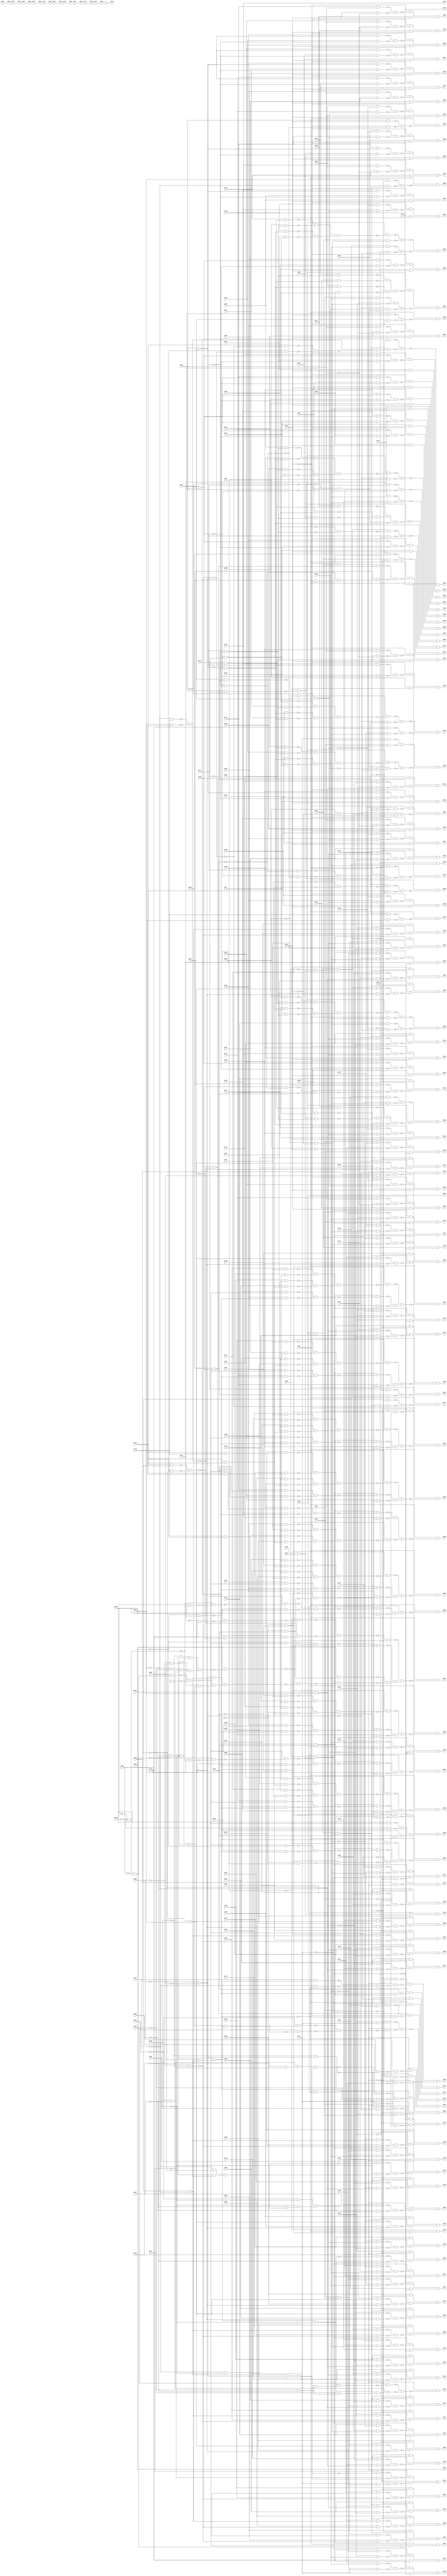
module simple_spi ( 
    pi000, pi001, pi002, pi003, pi004, pi005, pi006, pi007, pi008, pi009,
    pi010, pi011, pi012, pi013, pi014, pi015, pi016, pi017, pi018, pi019,
    pi020, pi021, pi022, pi023, pi024, pi025, pi026, pi027, pi028, pi029,
    pi030, pi031, pi032, pi033, pi034, pi035, pi036, pi037, pi038, pi039,
    pi040, pi041, pi042, pi043, pi044, pi045, pi046, pi047, pi048, pi049,
    pi050, pi051, pi052, pi053, pi054, pi055, pi056, pi057, pi058, pi059,
    pi060, pi061, pi062, pi063, pi064, pi065, pi066, pi067, pi068, pi069,
    pi070, pi071, pi072, pi073, pi074, pi075, pi076, pi077, pi078, pi079,
    pi080, pi081, pi082, pi083, pi084, pi085, pi086, pi087, pi088, pi089,
    pi090, pi091, pi092, pi093, pi094, pi095, pi096, pi097, pi098, pi099,
    pi100, pi101, pi102, pi103, pi104, pi105, pi106, pi107, pi108, pi109,
    pi110, pi111, pi112, pi113, pi114, pi115, pi116, pi117, pi118, pi119,
    pi120, pi121, pi122, pi123, pi124, pi125, pi126, pi127, pi128, pi129,
    pi130, pi131, pi132, pi133, pi134, pi135, pi136, pi137, pi138, pi139,
    pi140, pi141, pi142, pi143, pi144, pi145, pi146, pi147,
    po000, po001, po002, po003, po004, po005, po006, po007, po008, po009,
    po010, po011, po012, po013, po014, po015, po016, po017, po018, po019,
    po020, po021, po022, po023, po024, po025, po026, po027, po028, po029,
    po030, po031, po032, po033, po034, po035, po036, po037, po038, po039,
    po040, po041, po042, po043, po044, po045, po046, po047, po048, po049,
    po050, po051, po052, po053, po054, po055, po056, po057, po058, po059,
    po060, po061, po062, po063, po064, po065, po066, po067, po068, po069,
    po070, po071, po072, po073, po074, po075, po076, po077, po078, po079,
    po080, po081, po082, po083, po084, po085, po086, po087, po088, po089,
    po090, po091, po092, po093, po094, po095, po096, po097, po098, po099,
    po100, po101, po102, po103, po104, po105, po106, po107, po108, po109,
    po110, po111, po112, po113, po114, po115, po116, po117, po118, po119,
    po120, po121, po122, po123, po124, po125, po126, po127, po128, po129,
    po130, po131, po132, po133, po134, po135, po136, po137, po138, po139,
    po140, po141, po142, po143, po144, po145, po146  );
  input  pi000, pi001, pi002, pi003, pi004, pi005, pi006, pi007, pi008,
    pi009, pi010, pi011, pi012, pi013, pi014, pi015, pi016, pi017, pi018,
    pi019, pi020, pi021, pi022, pi023, pi024, pi025, pi026, pi027, pi028,
    pi029, pi030, pi031, pi032, pi033, pi034, pi035, pi036, pi037, pi038,
    pi039, pi040, pi041, pi042, pi043, pi044, pi045, pi046, pi047, pi048,
    pi049, pi050, pi051, pi052, pi053, pi054, pi055, pi056, pi057, pi058,
    pi059, pi060, pi061, pi062, pi063, pi064, pi065, pi066, pi067, pi068,
    pi069, pi070, pi071, pi072, pi073, pi074, pi075, pi076, pi077, pi078,
    pi079, pi080, pi081, pi082, pi083, pi084, pi085, pi086, pi087, pi088,
    pi089, pi090, pi091, pi092, pi093, pi094, pi095, pi096, pi097, pi098,
    pi099, pi100, pi101, pi102, pi103, pi104, pi105, pi106, pi107, pi108,
    pi109, pi110, pi111, pi112, pi113, pi114, pi115, pi116, pi117, pi118,
    pi119, pi120, pi121, pi122, pi123, pi124, pi125, pi126, pi127, pi128,
    pi129, pi130, pi131, pi132, pi133, pi134, pi135, pi136, pi137, pi138,
    pi139, pi140, pi141, pi142, pi143, pi144, pi145, pi146, pi147;
  output po000, po001, po002, po003, po004, po005, po006, po007, po008, po009,
    po010, po011, po012, po013, po014, po015, po016, po017, po018, po019,
    po020, po021, po022, po023, po024, po025, po026, po027, po028, po029,
    po030, po031, po032, po033, po034, po035, po036, po037, po038, po039,
    po040, po041, po042, po043, po044, po045, po046, po047, po048, po049,
    po050, po051, po052, po053, po054, po055, po056, po057, po058, po059,
    po060, po061, po062, po063, po064, po065, po066, po067, po068, po069,
    po070, po071, po072, po073, po074, po075, po076, po077, po078, po079,
    po080, po081, po082, po083, po084, po085, po086, po087, po088, po089,
    po090, po091, po092, po093, po094, po095, po096, po097, po098, po099,
    po100, po101, po102, po103, po104, po105, po106, po107, po108, po109,
    po110, po111, po112, po113, po114, po115, po116, po117, po118, po119,
    po120, po121, po122, po123, po124, po125, po126, po127, po128, po129,
    po130, po131, po132, po133, po134, po135, po136, po137, po138, po139,
    po140, po141, po142, po143, po144, po145, po146;
  wire n297, n298, n299, n300, n301, n302, n303, n304, n305, n306, n307,
    n308, n310, n311, n312, n313, n314, n315, n316, n317, n318, n319, n320,
    n321, n322, n323, n324, n325, n326, n327, n328, n330, n331, n332, n333,
    n334, n335, n336, n337, n339, n340, n341, n342, n343, n344, n345, n346,
    n347, n349, n350, n351, n353, n354, n355, n357, n358, n359, n360, n361,
    n363, n364, n365, n366, n367, n369, n370, n371, n372, n373, n375, n376,
    n377, n378, n379, n381, n382, n383, n384, n385, n387, n388, n389, n390,
    n391, n393, n394, n395, n396, n397, n399, n400, n401, n402, n403, n405,
    n406, n407, n408, n409, n411, n412, n413, n414, n415, n417, n418, n419,
    n420, n421, n423, n424, n425, n426, n427, n429, n430, n431, n432, n433,
    n435, n436, n437, n438, n439, n441, n442, n443, n444, n445, n447, n448,
    n449, n450, n451, n453, n454, n455, n456, n457, n458, n460, n461, n462,
    n463, n464, n466, n467, n468, n469, n470, n472, n473, n474, n475, n476,
    n478, n479, n480, n481, n482, n484, n485, n486, n487, n488, n490, n491,
    n492, n493, n494, n496, n497, n498, n499, n500, n502, n503, n504, n505,
    n506, n507, n509, n510, n511, n512, n513, n515, n516, n517, n518, n519,
    n521, n522, n523, n524, n525, n527, n528, n529, n530, n531, n533, n534,
    n535, n536, n537, n539, n540, n541, n542, n543, n545, n546, n547, n548,
    n549, n551, n552, n553, n554, n555, n556, n557, n558, n559, n560, n561,
    n562, n563, n564, n565, n566, n567, n568, n569, n570, n571, n572, n573,
    n574, n575, n576, n577, n578, n579, n580, n581, n582, n583, n584, n585,
    n586, n587, n588, n589, n590, n591, n592, n593, n594, n595, n596, n597,
    n598, n599, n600, n601, n602, n603, n604, n606, n607, n608, n609, n610,
    n611, n612, n613, n614, n615, n616, n618, n619, n620, n621, n622, n623,
    n624, n625, n626, n627, n629, n630, n631, n632, n633, n634, n635, n636,
    n637, n639, n640, n641, n642, n643, n644, n645, n646, n647, n648, n649,
    n650, n651, n652, n654, n655, n656, n657, n658, n659, n660, n661, n662,
    n663, n664, n665, n666, n667, n668, n669, n670, n671, n672, n674, n675,
    n676, n677, n678, n679, n680, n681, n682, n684, n685, n686, n687, n688,
    n689, n690, n691, n692, n693, n694, n695, n696, n697, n698, n700, n701,
    n702, n703, n704, n705, n706, n707, n708, n709, n710, n711, n712, n713,
    n714, n716, n717, n718, n719, n720, n721, n722, n723, n724, n725, n726,
    n727, n728, n729, n730, n732, n733, n734, n735, n736, n737, n738, n739,
    n740, n741, n742, n743, n744, n745, n746, n748, n749, n750, n751, n752,
    n753, n754, n755, n756, n757, n758, n759, n760, n761, n762, n764, n765,
    n766, n767, n768, n769, n770, n771, n772, n773, n774, n775, n776, n777,
    n778, n780, n781, n782, n783, n784, n785, n786, n787, n788, n789, n790,
    n791, n792, n793, n794, n796, n797, n798, n799, n800, n801, n802, n803,
    n804, n805, n806, n808, n809, n810, n811, n812, n813, n814, n816, n817,
    n818, n819, n820, n821, n822, n823, n824, n825, n827, n828, n829, n830,
    n831, n832, n833, n834, n836, n837, n838, n839, n840, n841, n842, n844,
    n845, n846, n847, n848, n849, n850, n851, n852, n853, n854, n856, n857,
    n858, n859, n860, n861, n863, n864, n865, n866, n867, n869, n870, n871,
    n873, n874, n875, n876, n878, n879, n880, n881, n883, n884, n886, n887,
    n888, n889, n890, n891, n892, n893, n895, n896, n897, n898, n899, n900,
    n901, n902, n903, n904, n905, n906, n907, n908, n909, n910, n911, n912,
    n913, n915, n916, n917, n918, n919, n920, n921, n922, n923, n924, n925,
    n927, n928, n929, n930, n931, n932, n933, n934, n935, n936, n937, n938,
    n939, n940, n942, n943, n944, n945, n946, n947, n948, n949, n950, n951,
    n952, n953, n954, n956, n957, n958, n959, n960, n961, n962, n963, n964,
    n965, n966, n967, n968, n969, n970, n971, n972, n973, n975, n976, n977,
    n978, n979, n980, n981, n982, n983, n984, n985, n987, n988, n989, n990,
    n991, n992, n993, n994, n995, n996, n997, n998, n999, n1000, n1002,
    n1003, n1004, n1005, n1006, n1008, n1009, n1010, n1011, n1012, n1013,
    n1014, n1015, n1016, n1017, n1018, n1019, n1020, n1022, n1023, n1024,
    n1025, n1026, n1027, n1028, n1029, n1030, n1031, n1032, n1034, n1035,
    n1036, n1037, n1039, n1040, n1041, n1042, n1044, n1045, n1046, n1048,
    n1049, n1050, n1051, n1052, n1054, n1055, n1056, n1057, n1058, n1060,
    n1061, n1062, n1063, n1064, n1066, n1067, n1068, n1069, n1070, n1072,
    n1073, n1074, n1076, n1077, n1078, n1080, n1081, n1082, n1083, n1084,
    n1086, n1087, n1088, n1089, n1090, n1092, n1093, n1094, n1095, n1096,
    n1098, n1099, n1100, n1101, n1102, n1104, n1105, n1106, n1107, n1108,
    n1110, n1111, n1112, n1113, n1114, n1116, n1117, n1118, n1119, n1120,
    n1122, n1123, n1124, n1125, n1126, n1128, n1129, n1130, n1131, n1132,
    n1134, n1135, n1136, n1137, n1138, n1140, n1141, n1142, n1143, n1144,
    n1146, n1147, n1148, n1149, n1150, n1152, n1153, n1154, n1155, n1156,
    n1157, n1159, n1160, n1161, n1162, n1163, n1164, n1166, n1167, n1168,
    n1169, n1170, n1172, n1173, n1174, n1175, n1176, n1178, n1179, n1180,
    n1181, n1182, n1184, n1185, n1186, n1187, n1188, n1190, n1191, n1192,
    n1193, n1194, n1196, n1197, n1198, n1199, n1200, n1202, n1203, n1204,
    n1205, n1206, n1208, n1209, n1210, n1211, n1212, n1214, n1215, n1216,
    n1217, n1218, n1220, n1221, n1222, n1223, n1224, n1226, n1227, n1228,
    n1229, n1230, n1232, n1233, n1234, n1235, n1236, n1238, n1239, n1240,
    n1241, n1242, n1244, n1245, n1246, n1247, n1248, n1250, n1251, n1252,
    n1253, n1254, n1256, n1258, n1259, n1260, n1261, n1262, n1264, n1265,
    n1266, n1267, n1268, n1270, n1271, n1272, n1273, n1274, n1276, n1277,
    n1278, n1279, n1280, n1282, n1283, n1284, n1285, n1286, n1288, n1289,
    n1290, n1291, n1292, n1294, n1295, n1296, n1297, n1298, n1300, n1301,
    n1302, n1303, n1304, n1306, n1307, n1308, n1309, n1310, n1312, n1313,
    n1314, n1315, n1316, n1318, n1319, n1320, n1321, n1322, n1324, n1326,
    n1327, n1328, n1329, n1330, n1332, n1333, n1334, n1335, n1336, n1338,
    n1339, n1340, n1341, n1342, n1344, n1345, n1346;
  assign n297 = pi000 & pi128;
  assign n298 = pi063 & n297;
  assign n299 = pi120 & ~pi128;
  assign n300 = ~n298 & ~n299;
  assign n301 = ~pi063 & pi120;
  assign n302 = ~pi000 & ~pi002;
  assign n303 = n301 & n302;
  assign n304 = pi000 & ~pi063;
  assign n305 = ~n302 & n304;
  assign n306 = pi002 & n305;
  assign n307 = ~n303 & ~n306;
  assign n308 = pi128 & ~n307;
  assign po014 = ~n300 | n308;
  assign n310 = pi128 & pi133;
  assign n311 = ~pi138 & pi139;
  assign n312 = pi130 & n311;
  assign n313 = pi134 & pi135;
  assign n314 = ~pi136 & n313;
  assign n315 = n312 & n314;
  assign n316 = pi001 & ~n315;
  assign n317 = pi004 & ~pi005;
  assign n318 = ~pi004 & pi005;
  assign n319 = ~n317 & ~n318;
  assign n320 = pi075 & n319;
  assign n321 = ~pi075 & ~n319;
  assign n322 = ~n320 & ~n321;
  assign n323 = ~pi063 & n322;
  assign n324 = ~pi005 & ~pi077;
  assign n325 = pi005 & pi077;
  assign n326 = ~n324 & ~n325;
  assign n327 = n323 & n326;
  assign n328 = ~n316 & ~n327;
  assign po015 = n310 & ~n328;
  assign n330 = pi119 & ~pi128;
  assign n331 = pi002 & pi063;
  assign n332 = ~pi002 & ~n302;
  assign n333 = pi119 & n302;
  assign n334 = ~n332 & ~n333;
  assign n335 = ~pi063 & ~n334;
  assign n336 = ~n331 & ~n335;
  assign n337 = pi128 & ~n336;
  assign po016 = n330 | n337;
  assign n339 = pi003 & pi128;
  assign n340 = pi136 & n313;
  assign n341 = pi138 & ~pi139;
  assign n342 = pi147 & n341;
  assign n343 = n340 & n342;
  assign n344 = n339 & ~n343;
  assign n345 = ~pi063 & pi128;
  assign n346 = ~n343 & n345;
  assign n347 = n302 & n346;
  assign po017 = n344 | n347;
  assign n349 = pi004 & pi063;
  assign n350 = ~pi063 & ~n319;
  assign n351 = ~n349 & ~n350;
  assign po019 = pi128 & ~n351;
  assign n353 = pi005 & pi063;
  assign n354 = ~pi005 & ~pi063;
  assign n355 = ~n353 & ~n354;
  assign po020 = pi128 & ~n355;
  assign n357 = pi046 & n318;
  assign n358 = pi006 & ~n318;
  assign n359 = ~n357 & ~n358;
  assign n360 = ~pi063 & ~n359;
  assign n361 = pi006 & pi063;
  assign po021 = n360 | n361;
  assign n363 = pi047 & n318;
  assign n364 = pi007 & ~n318;
  assign n365 = ~n363 & ~n364;
  assign n366 = ~pi063 & ~n365;
  assign n367 = pi007 & pi063;
  assign po022 = n366 | n367;
  assign n369 = pi048 & n318;
  assign n370 = pi008 & ~n318;
  assign n371 = ~n369 & ~n370;
  assign n372 = ~pi063 & ~n371;
  assign n373 = pi008 & pi063;
  assign po023 = n372 | n373;
  assign n375 = pi049 & n318;
  assign n376 = pi009 & ~n318;
  assign n377 = ~n375 & ~n376;
  assign n378 = ~pi063 & ~n377;
  assign n379 = pi009 & pi063;
  assign po024 = n378 | n379;
  assign n381 = pi043 & n318;
  assign n382 = pi010 & ~n318;
  assign n383 = ~n381 & ~n382;
  assign n384 = ~pi063 & ~n383;
  assign n385 = pi010 & pi063;
  assign po025 = n384 | n385;
  assign n387 = pi050 & n317;
  assign n388 = pi011 & ~n317;
  assign n389 = ~n387 & ~n388;
  assign n390 = ~pi063 & ~n389;
  assign n391 = pi011 & pi063;
  assign po026 = n390 | n391;
  assign n393 = pi051 & n317;
  assign n394 = pi012 & ~n317;
  assign n395 = ~n393 & ~n394;
  assign n396 = ~pi063 & ~n395;
  assign n397 = pi012 & pi063;
  assign po027 = n396 | n397;
  assign n399 = pi045 & n317;
  assign n400 = pi013 & ~n317;
  assign n401 = ~n399 & ~n400;
  assign n402 = ~pi063 & ~n401;
  assign n403 = pi013 & pi063;
  assign po028 = n402 | n403;
  assign n405 = pi046 & n317;
  assign n406 = pi014 & ~n317;
  assign n407 = ~n405 & ~n406;
  assign n408 = ~pi063 & ~n407;
  assign n409 = pi014 & pi063;
  assign po029 = n408 | n409;
  assign n411 = pi047 & n317;
  assign n412 = pi015 & ~n317;
  assign n413 = ~n411 & ~n412;
  assign n414 = ~pi063 & ~n413;
  assign n415 = pi015 & pi063;
  assign po030 = n414 | n415;
  assign n417 = pi048 & n317;
  assign n418 = pi016 & ~n317;
  assign n419 = ~n417 & ~n418;
  assign n420 = ~pi063 & ~n419;
  assign n421 = pi016 & pi063;
  assign po031 = n420 | n421;
  assign n423 = pi049 & n317;
  assign n424 = pi017 & ~n317;
  assign n425 = ~n423 & ~n424;
  assign n426 = ~pi063 & ~n425;
  assign n427 = pi017 & pi063;
  assign po032 = n426 | n427;
  assign n429 = pi043 & n317;
  assign n430 = pi018 & ~n317;
  assign n431 = ~n429 & ~n430;
  assign n432 = ~pi063 & ~n431;
  assign n433 = pi018 & pi063;
  assign po033 = n432 | n433;
  assign n435 = pi050 & n318;
  assign n436 = pi019 & ~n318;
  assign n437 = ~n435 & ~n436;
  assign n438 = ~pi063 & ~n437;
  assign n439 = pi019 & pi063;
  assign po034 = n438 | n439;
  assign n441 = pi051 & n318;
  assign n442 = pi020 & ~n318;
  assign n443 = ~n441 & ~n442;
  assign n444 = ~pi063 & ~n443;
  assign n445 = pi020 & pi063;
  assign po035 = n444 | n445;
  assign n447 = pi045 & n318;
  assign n448 = pi021 & ~n318;
  assign n449 = ~n447 & ~n448;
  assign n450 = ~pi063 & ~n449;
  assign n451 = pi021 & pi063;
  assign po036 = n450 | n451;
  assign n453 = pi004 & pi005;
  assign n454 = pi050 & n453;
  assign n455 = pi022 & ~n453;
  assign n456 = ~n454 & ~n455;
  assign n457 = ~pi063 & ~n456;
  assign n458 = pi022 & pi063;
  assign po037 = n457 | n458;
  assign n460 = pi051 & n453;
  assign n461 = pi023 & ~n453;
  assign n462 = ~n460 & ~n461;
  assign n463 = ~pi063 & ~n462;
  assign n464 = pi023 & pi063;
  assign po038 = n463 | n464;
  assign n466 = pi045 & n453;
  assign n467 = pi024 & ~n453;
  assign n468 = ~n466 & ~n467;
  assign n469 = ~pi063 & ~n468;
  assign n470 = pi024 & pi063;
  assign po039 = n469 | n470;
  assign n472 = pi046 & n453;
  assign n473 = pi025 & ~n453;
  assign n474 = ~n472 & ~n473;
  assign n475 = ~pi063 & ~n474;
  assign n476 = pi025 & pi063;
  assign po040 = n475 | n476;
  assign n478 = pi047 & n453;
  assign n479 = pi026 & ~n453;
  assign n480 = ~n478 & ~n479;
  assign n481 = ~pi063 & ~n480;
  assign n482 = pi026 & pi063;
  assign po041 = n481 | n482;
  assign n484 = pi048 & n453;
  assign n485 = pi027 & ~n453;
  assign n486 = ~n484 & ~n485;
  assign n487 = ~pi063 & ~n486;
  assign n488 = pi027 & pi063;
  assign po042 = n487 | n488;
  assign n490 = pi049 & n453;
  assign n491 = pi028 & ~n453;
  assign n492 = ~n490 & ~n491;
  assign n493 = ~pi063 & ~n492;
  assign n494 = pi028 & pi063;
  assign po043 = n493 | n494;
  assign n496 = pi043 & n453;
  assign n497 = pi029 & ~n453;
  assign n498 = ~n496 & ~n497;
  assign n499 = ~pi063 & ~n498;
  assign n500 = pi029 & pi063;
  assign po044 = n499 | n500;
  assign n502 = ~pi004 & ~pi005;
  assign n503 = pi030 & ~n502;
  assign n504 = pi050 & n502;
  assign n505 = ~n503 & ~n504;
  assign n506 = ~pi063 & ~n505;
  assign n507 = pi030 & pi063;
  assign po045 = n506 | n507;
  assign n509 = pi031 & ~n502;
  assign n510 = pi051 & n502;
  assign n511 = ~n509 & ~n510;
  assign n512 = ~pi063 & ~n511;
  assign n513 = pi031 & pi063;
  assign po046 = n512 | n513;
  assign n515 = pi032 & ~n502;
  assign n516 = pi046 & n502;
  assign n517 = ~n515 & ~n516;
  assign n518 = ~pi063 & ~n517;
  assign n519 = pi032 & pi063;
  assign po047 = n518 | n519;
  assign n521 = pi033 & ~n502;
  assign n522 = pi047 & n502;
  assign n523 = ~n521 & ~n522;
  assign n524 = ~pi063 & ~n523;
  assign n525 = pi033 & pi063;
  assign po048 = n524 | n525;
  assign n527 = pi034 & ~n502;
  assign n528 = pi048 & n502;
  assign n529 = ~n527 & ~n528;
  assign n530 = ~pi063 & ~n529;
  assign n531 = pi034 & pi063;
  assign po049 = n530 | n531;
  assign n533 = pi035 & ~n502;
  assign n534 = pi043 & n502;
  assign n535 = ~n533 & ~n534;
  assign n536 = ~pi063 & ~n535;
  assign n537 = pi035 & pi063;
  assign po050 = n536 | n537;
  assign n539 = pi036 & ~n502;
  assign n540 = pi045 & n502;
  assign n541 = ~n539 & ~n540;
  assign n542 = ~pi063 & ~n541;
  assign n543 = pi036 & pi063;
  assign po051 = n542 | n543;
  assign n545 = pi037 & ~n502;
  assign n546 = pi049 & n502;
  assign n547 = ~n545 & ~n546;
  assign n548 = ~pi063 & ~n547;
  assign n549 = pi037 & pi063;
  assign po052 = n548 | n549;
  assign n551 = pi076 & pi082;
  assign n552 = ~pi076 & ~pi082;
  assign n553 = ~n551 & ~n552;
  assign n554 = ~pi083 & ~pi129;
  assign n555 = pi083 & pi129;
  assign n556 = ~n554 & ~n555;
  assign n557 = ~n553 & ~n556;
  assign n558 = ~pi066 & n557;
  assign n559 = ~pi038 & pi124;
  assign n560 = ~pi124 & pi127;
  assign n561 = ~n559 & ~n560;
  assign n562 = ~n558 & ~n561;
  assign n563 = pi127 & ~n553;
  assign n564 = ~pi066 & n563;
  assign n565 = ~n556 & n564;
  assign n566 = ~n562 & ~n565;
  assign n567 = ~pi039 & ~pi062;
  assign n568 = ~n566 & n567;
  assign n569 = ~pi058 & ~pi060;
  assign n570 = ~pi056 & ~pi061;
  assign n571 = n569 & n570;
  assign n572 = ~pi052 & ~pi064;
  assign n573 = ~pi042 & ~pi057;
  assign n574 = n572 & n573;
  assign n575 = ~pi053 & ~pi054;
  assign n576 = ~pi055 & ~pi059;
  assign n577 = n575 & n576;
  assign n578 = n574 & n577;
  assign n579 = n571 & n578;
  assign n580 = ~pi038 & n579;
  assign n581 = pi038 & ~n579;
  assign n582 = ~n580 & ~n581;
  assign n583 = pi039 & ~pi062;
  assign n584 = ~n582 & n583;
  assign n585 = ~pi039 & pi062;
  assign n586 = pi038 & n585;
  assign n587 = pi039 & pi062;
  assign n588 = ~pi059 & ~pi060;
  assign n589 = ~pi055 & ~pi058;
  assign n590 = n588 & n589;
  assign n591 = ~pi040 & ~pi044;
  assign n592 = ~pi041 & n591;
  assign n593 = pi127 & n592;
  assign n594 = ~pi038 & ~n592;
  assign n595 = ~n593 & ~n594;
  assign n596 = n570 & n575;
  assign n597 = n574 & n596;
  assign n598 = ~n595 & n597;
  assign n599 = n590 & n598;
  assign n600 = ~n581 & ~n599;
  assign n601 = n587 & ~n600;
  assign n602 = ~n586 & ~n601;
  assign n603 = ~n584 & n602;
  assign n604 = ~n568 & n603;
  assign po053 = pi128 & ~n604;
  assign n606 = pi039 & n583;
  assign n607 = n579 & ~n592;
  assign n608 = pi039 & ~n579;
  assign n609 = ~n607 & ~n608;
  assign n610 = n587 & ~n609;
  assign n611 = n579 & n583;
  assign n612 = ~pi039 & n558;
  assign n613 = n567 & ~n612;
  assign n614 = ~n611 & ~n613;
  assign n615 = ~n610 & n614;
  assign n616 = ~n606 & n615;
  assign po054 = pi128 & ~n616;
  assign n618 = ~n583 & ~n585;
  assign n619 = pi040 & ~n618;
  assign n620 = ~n567 & ~n619;
  assign n621 = pi128 & ~n620;
  assign n622 = pi040 & n579;
  assign n623 = ~pi040 & ~n579;
  assign n624 = ~n622 & ~n623;
  assign n625 = pi062 & pi128;
  assign n626 = pi039 & n625;
  assign n627 = n624 & n626;
  assign po055 = n621 | n627;
  assign n629 = pi041 & ~n591;
  assign n630 = ~n592 & ~n629;
  assign n631 = n579 & ~n630;
  assign n632 = pi041 & ~n579;
  assign n633 = ~n631 & ~n632;
  assign n634 = n587 & ~n633;
  assign n635 = pi041 & ~n618;
  assign n636 = ~n634 & ~n635;
  assign n637 = ~n567 & n636;
  assign po056 = pi128 & ~n637;
  assign n639 = pi128 & ~n567;
  assign n640 = ~n579 & n639;
  assign n641 = pi115 & pi123;
  assign n642 = ~n640 & n641;
  assign n643 = ~pi059 & n589;
  assign n644 = ~pi060 & n643;
  assign n645 = n596 & n644;
  assign n646 = ~pi042 & n645;
  assign n647 = pi042 & ~n645;
  assign n648 = ~n646 & ~n647;
  assign n649 = n640 & ~n648;
  assign n650 = ~n642 & ~n649;
  assign n651 = pi115 & pi126;
  assign n652 = ~n640 & n651;
  assign po057 = ~n650 | n652;
  assign n654 = pi049 & n579;
  assign n655 = pi043 & ~n579;
  assign n656 = ~n654 & ~n655;
  assign n657 = n587 & ~n656;
  assign n658 = pi043 & ~n618;
  assign n659 = ~n657 & ~n658;
  assign n660 = pi076 & ~pi129;
  assign n661 = pi095 & n660;
  assign n662 = pi076 & pi129;
  assign n663 = pi111 & n662;
  assign n664 = ~n661 & ~n663;
  assign n665 = ~pi076 & ~pi129;
  assign n666 = pi099 & n665;
  assign n667 = ~pi076 & pi129;
  assign n668 = pi089 & n667;
  assign n669 = ~n666 & ~n668;
  assign n670 = n664 & n669;
  assign n671 = n567 & ~n670;
  assign n672 = n659 & ~n671;
  assign po058 = pi128 & ~n672;
  assign n674 = pi040 & pi044;
  assign n675 = ~n591 & ~n674;
  assign n676 = n579 & ~n675;
  assign n677 = pi044 & ~n579;
  assign n678 = ~n676 & ~n677;
  assign n679 = n587 & ~n678;
  assign n680 = pi044 & ~n618;
  assign n681 = ~n679 & ~n680;
  assign n682 = ~n567 & n681;
  assign po059 = pi128 & ~n682;
  assign n684 = pi107 & n662;
  assign n685 = pi086 & n667;
  assign n686 = ~n684 & ~n685;
  assign n687 = pi102 & n665;
  assign n688 = pi091 & n660;
  assign n689 = ~n687 & ~n688;
  assign n690 = n686 & n689;
  assign n691 = n567 & ~n690;
  assign n692 = pi051 & n579;
  assign n693 = pi045 & ~n579;
  assign n694 = ~n692 & ~n693;
  assign n695 = n587 & ~n694;
  assign n696 = pi045 & ~n618;
  assign n697 = ~n695 & ~n696;
  assign n698 = ~n691 & n697;
  assign po060 = pi128 & ~n698;
  assign n700 = pi092 & n660;
  assign n701 = pi108 & n662;
  assign n702 = ~n700 & ~n701;
  assign n703 = pi103 & n665;
  assign n704 = pi087 & n667;
  assign n705 = ~n703 & ~n704;
  assign n706 = n702 & n705;
  assign n707 = n567 & ~n706;
  assign n708 = pi045 & n579;
  assign n709 = pi046 & ~n579;
  assign n710 = ~n708 & ~n709;
  assign n711 = n587 & ~n710;
  assign n712 = pi046 & ~n618;
  assign n713 = ~n711 & ~n712;
  assign n714 = ~n707 & n713;
  assign po061 = pi128 & ~n714;
  assign n716 = pi078 & n660;
  assign n717 = pi097 & n662;
  assign n718 = ~n716 & ~n717;
  assign n719 = pi096 & n665;
  assign n720 = pi081 & n667;
  assign n721 = ~n719 & ~n720;
  assign n722 = n718 & n721;
  assign n723 = n567 & ~n722;
  assign n724 = pi046 & n579;
  assign n725 = pi047 & ~n579;
  assign n726 = ~n724 & ~n725;
  assign n727 = n587 & ~n726;
  assign n728 = pi047 & ~n618;
  assign n729 = ~n727 & ~n728;
  assign n730 = ~n723 & n729;
  assign po062 = pi128 & ~n730;
  assign n732 = pi093 & n660;
  assign n733 = pi109 & n662;
  assign n734 = ~n732 & ~n733;
  assign n735 = pi105 & n665;
  assign n736 = pi088 & n667;
  assign n737 = ~n735 & ~n736;
  assign n738 = n734 & n737;
  assign n739 = n567 & ~n738;
  assign n740 = pi047 & n579;
  assign n741 = pi048 & ~n579;
  assign n742 = ~n740 & ~n741;
  assign n743 = n587 & ~n742;
  assign n744 = pi048 & ~n618;
  assign n745 = ~n743 & ~n744;
  assign n746 = ~n739 & n745;
  assign po063 = pi128 & ~n746;
  assign n748 = pi094 & n660;
  assign n749 = pi110 & n662;
  assign n750 = ~n748 & ~n749;
  assign n751 = pi104 & n665;
  assign n752 = pi079 & n667;
  assign n753 = ~n751 & ~n752;
  assign n754 = n750 & n753;
  assign n755 = n567 & ~n754;
  assign n756 = pi048 & n579;
  assign n757 = pi049 & ~n579;
  assign n758 = ~n756 & ~n757;
  assign n759 = n587 & ~n758;
  assign n760 = pi049 & ~n618;
  assign n761 = ~n759 & ~n760;
  assign n762 = ~n755 & n761;
  assign po064 = pi128 & ~n762;
  assign n764 = pi098 & n662;
  assign n765 = pi084 & n667;
  assign n766 = ~n764 & ~n765;
  assign n767 = pi100 & n665;
  assign n768 = pi080 & n660;
  assign n769 = ~n767 & ~n768;
  assign n770 = n766 & n769;
  assign n771 = n567 & ~n770;
  assign n772 = pi137 & n579;
  assign n773 = pi050 & ~n579;
  assign n774 = ~n772 & ~n773;
  assign n775 = n587 & ~n774;
  assign n776 = pi050 & ~n618;
  assign n777 = ~n775 & ~n776;
  assign n778 = ~n771 & n777;
  assign po065 = pi128 & ~n778;
  assign n780 = pi090 & n660;
  assign n781 = pi106 & n662;
  assign n782 = ~n780 & ~n781;
  assign n783 = pi101 & n665;
  assign n784 = pi085 & n667;
  assign n785 = ~n783 & ~n784;
  assign n786 = n782 & n785;
  assign n787 = n567 & ~n786;
  assign n788 = pi050 & n579;
  assign n789 = pi051 & ~n579;
  assign n790 = ~n788 & ~n789;
  assign n791 = n587 & ~n790;
  assign n792 = pi051 & ~n618;
  assign n793 = ~n791 & ~n792;
  assign n794 = ~n787 & n793;
  assign po066 = pi128 & ~n794;
  assign n796 = ~pi053 & ~pi056;
  assign n797 = n573 & n796;
  assign n798 = ~pi054 & ~pi061;
  assign n799 = n588 & n798;
  assign n800 = n589 & n799;
  assign n801 = n797 & n800;
  assign n802 = pi052 & ~n801;
  assign n803 = ~pi052 & n801;
  assign n804 = ~n802 & ~n803;
  assign n805 = n640 & ~n804;
  assign n806 = pi123 & n652;
  assign po067 = n805 | n806;
  assign n808 = pi115 & ~n640;
  assign n809 = ~pi056 & n798;
  assign n810 = n644 & n809;
  assign n811 = pi053 & ~n810;
  assign n812 = ~pi053 & n810;
  assign n813 = ~n811 & ~n812;
  assign n814 = n640 & ~n813;
  assign po068 = n808 | n814;
  assign n816 = pi114 & ~pi123;
  assign n817 = ~n640 & ~n816;
  assign n818 = pi054 & n644;
  assign n819 = ~pi054 & ~n644;
  assign n820 = ~n818 & ~n819;
  assign n821 = n640 & ~n820;
  assign n822 = ~n817 & ~n821;
  assign n823 = pi114 & pi126;
  assign n824 = ~pi115 & ~n823;
  assign n825 = ~n640 & ~n824;
  assign po069 = n822 | n825;
  assign n827 = ~pi058 & n588;
  assign n828 = pi055 & ~n827;
  assign n829 = ~n644 & ~n828;
  assign n830 = n640 & ~n829;
  assign n831 = ~pi115 & ~n816;
  assign n832 = pi123 & pi126;
  assign n833 = n831 & ~n832;
  assign n834 = ~n640 & ~n833;
  assign po070 = n830 | n834;
  assign n836 = pi056 & ~n800;
  assign n837 = ~pi056 & n800;
  assign n838 = ~n836 & ~n837;
  assign n839 = n640 & ~n838;
  assign n840 = pi123 & n823;
  assign n841 = ~pi115 & ~n840;
  assign n842 = ~n640 & ~n841;
  assign po071 = n839 | n842;
  assign n844 = ~pi042 & ~pi061;
  assign n845 = ~pi054 & ~pi059;
  assign n846 = ~pi060 & n589;
  assign n847 = n845 & n846;
  assign n848 = ~pi053 & n847;
  assign n849 = ~pi056 & n848;
  assign n850 = n844 & n849;
  assign n851 = pi057 & ~n850;
  assign n852 = ~pi057 & n850;
  assign n853 = ~n851 & ~n852;
  assign n854 = n640 & ~n853;
  assign po072 = n652 | n854;
  assign n856 = pi058 & ~n588;
  assign n857 = ~n827 & ~n856;
  assign n858 = n640 & ~n857;
  assign n859 = ~pi114 & ~pi115;
  assign n860 = ~n832 & n859;
  assign n861 = ~n640 & ~n860;
  assign po073 = n858 | n861;
  assign n863 = ~pi123 & ~n640;
  assign n864 = pi059 & n640;
  assign n865 = ~n863 & ~n864;
  assign n866 = ~pi126 & n859;
  assign n867 = ~n640 & ~n866;
  assign po074 = n865 | n867;
  assign n869 = pi059 & pi060;
  assign n870 = ~n588 & ~n869;
  assign n871 = n640 & ~n870;
  assign po075 = n867 | n871;
  assign n873 = pi061 & ~n847;
  assign n874 = ~pi061 & n847;
  assign n875 = ~n873 & ~n874;
  assign n876 = n640 & ~n875;
  assign po076 = n825 | n876;
  assign n878 = ~n579 & n587;
  assign n879 = pi062 & n878;
  assign n880 = pi128 & n879;
  assign n881 = pi128 & n611;
  assign po077 = n880 | n881;
  assign n883 = n579 & n592;
  assign n884 = pi128 & n883;
  assign po078 = n587 & n884;
  assign n886 = ~pi052 & ~pi053;
  assign n887 = n573 & n886;
  assign n888 = n810 & n887;
  assign n889 = pi064 & ~n888;
  assign n890 = ~pi064 & n886;
  assign n891 = n810 & n890;
  assign n892 = n573 & n891;
  assign n893 = ~n889 & ~n892;
  assign po079 = n640 & ~n893;
  assign n895 = ~pi075 & pi077;
  assign n896 = pi009 & n895;
  assign n897 = pi075 & pi077;
  assign n898 = pi028 & n897;
  assign n899 = ~n896 & ~n898;
  assign n900 = ~pi075 & ~pi077;
  assign n901 = pi037 & n900;
  assign n902 = pi075 & ~pi077;
  assign n903 = pi017 & n902;
  assign n904 = ~n901 & ~n903;
  assign n905 = n899 & n904;
  assign n906 = n311 & ~n905;
  assign n907 = ~pi138 & ~pi139;
  assign n908 = pi128 & n907;
  assign n909 = ~n906 & ~n908;
  assign n910 = pi138 & pi139;
  assign n911 = pi119 & n910;
  assign n912 = ~pi072 & n341;
  assign n913 = ~n911 & ~n912;
  assign po080 = ~n909 | ~n913;
  assign n915 = pi066 & ~pi113;
  assign n916 = n312 & n340;
  assign n917 = pi082 & ~pi083;
  assign n918 = ~pi082 & pi083;
  assign n919 = ~n917 & ~n918;
  assign n920 = pi076 & ~n919;
  assign n921 = ~pi076 & n919;
  assign n922 = ~n920 & ~n921;
  assign n923 = n556 & ~n922;
  assign n924 = n916 & n923;
  assign n925 = ~n915 & ~n924;
  assign po081 = n310 & ~n925;
  assign n927 = pi006 & n895;
  assign n928 = pi014 & n902;
  assign n929 = ~n927 & ~n928;
  assign n930 = pi032 & n900;
  assign n931 = pi025 & n897;
  assign n932 = ~n930 & ~n931;
  assign n933 = n929 & n932;
  assign n934 = n311 & ~n933;
  assign n935 = pi066 & n557;
  assign n936 = n341 & n935;
  assign n937 = ~n934 & ~n936;
  assign n938 = pi127 & n907;
  assign n939 = pi117 & n910;
  assign n940 = ~n938 & ~n939;
  assign po082 = ~n937 | ~n940;
  assign n942 = pi013 & n902;
  assign n943 = pi036 & n900;
  assign n944 = ~n942 & ~n943;
  assign n945 = pi024 & n897;
  assign n946 = pi021 & n895;
  assign n947 = ~n945 & ~n946;
  assign n948 = n944 & n947;
  assign n949 = n311 & ~n948;
  assign n950 = n341 & n558;
  assign n951 = ~n949 & ~n950;
  assign n952 = pi124 & n907;
  assign n953 = pi116 & n910;
  assign n954 = ~n952 & ~n953;
  assign po083 = ~n951 | ~n954;
  assign n956 = pi012 & n902;
  assign n957 = pi023 & n897;
  assign n958 = ~n956 & ~n957;
  assign n959 = pi031 & n900;
  assign n960 = pi020 & n895;
  assign n961 = ~n959 & ~n960;
  assign n962 = n958 & n961;
  assign n963 = n311 & ~n962;
  assign n964 = pi126 & n907;
  assign n965 = pi115 & n910;
  assign n966 = ~n964 & ~n965;
  assign n967 = ~pi004 & pi075;
  assign n968 = pi004 & ~pi075;
  assign n969 = ~n967 & ~n968;
  assign n970 = ~n326 & n969;
  assign n971 = pi001 & n970;
  assign n972 = n341 & n971;
  assign n973 = n966 & ~n972;
  assign po084 = n963 | ~n973;
  assign n975 = pi122 & n907;
  assign n976 = pi112 & n910;
  assign n977 = ~n975 & ~n976;
  assign n978 = pi027 & n897;
  assign n979 = pi008 & n895;
  assign n980 = pi016 & n902;
  assign n981 = ~n979 & ~n980;
  assign n982 = ~n978 & n981;
  assign n983 = pi034 & n900;
  assign n984 = n982 & ~n983;
  assign n985 = n311 & ~n984;
  assign po085 = ~n977 | n985;
  assign n987 = pi123 & n907;
  assign n988 = pi114 & n910;
  assign n989 = ~n987 & ~n988;
  assign n990 = pi022 & n897;
  assign n991 = pi011 & n902;
  assign n992 = ~n990 & ~n991;
  assign n993 = pi030 & n900;
  assign n994 = pi019 & n895;
  assign n995 = ~n993 & ~n994;
  assign n996 = n992 & n995;
  assign n997 = n311 & ~n996;
  assign n998 = ~pi001 & n341;
  assign n999 = n970 & n998;
  assign n1000 = ~n997 & ~n999;
  assign po086 = ~n989 | ~n1000;
  assign n1002 = n916 & n935;
  assign n1003 = pi072 & ~n1002;
  assign n1004 = pi128 & ~n1003;
  assign n1005 = pi146 & n340;
  assign n1006 = n341 & n1005;
  assign po087 = n1004 & ~n1006;
  assign n1008 = pi029 & n897;
  assign n1009 = pi018 & n902;
  assign n1010 = ~n1008 & ~n1009;
  assign n1011 = pi035 & n900;
  assign n1012 = pi010 & n895;
  assign n1013 = ~n1011 & ~n1012;
  assign n1014 = n1010 & n1013;
  assign n1015 = n311 & ~n1014;
  assign n1016 = pi120 & n910;
  assign n1017 = ~n1015 & ~n1016;
  assign n1018 = pi121 & n907;
  assign n1019 = pi003 & n341;
  assign n1020 = ~n1018 & ~n1019;
  assign po088 = ~n1017 | ~n1020;
  assign n1022 = pi125 & n907;
  assign n1023 = pi118 & n910;
  assign n1024 = ~n1022 & ~n1023;
  assign n1025 = pi026 & n897;
  assign n1026 = pi007 & n895;
  assign n1027 = pi015 & n902;
  assign n1028 = ~n1026 & ~n1027;
  assign n1029 = ~n1025 & n1028;
  assign n1030 = pi033 & n900;
  assign n1031 = n1029 & ~n1030;
  assign n1032 = n311 & ~n1031;
  assign po089 = ~n1024 | n1032;
  assign n1034 = ~n895 & ~n902;
  assign n1035 = n315 & ~n1034;
  assign n1036 = pi075 & ~n315;
  assign n1037 = ~n1035 & ~n1036;
  assign po090 = pi128 & ~n1037;
  assign n1039 = ~n660 & ~n667;
  assign n1040 = pi113 & ~n1039;
  assign n1041 = pi076 & ~pi113;
  assign n1042 = ~n1040 & ~n1041;
  assign po091 = pi128 & ~n1042;
  assign n1044 = pi077 & ~n315;
  assign n1045 = ~pi077 & n315;
  assign n1046 = ~n1044 & ~n1045;
  assign po092 = pi128 & ~n1046;
  assign n1048 = pi078 & ~n916;
  assign n1049 = pi144 & n917;
  assign n1050 = pi078 & ~n917;
  assign n1051 = ~n1049 & ~n1050;
  assign n1052 = n916 & ~n1051;
  assign po093 = n1048 | n1052;
  assign n1054 = pi079 & ~n916;
  assign n1055 = pi146 & n918;
  assign n1056 = pi079 & ~n918;
  assign n1057 = ~n1055 & ~n1056;
  assign n1058 = n916 & ~n1057;
  assign po094 = n1054 | n1058;
  assign n1060 = pi080 & ~n916;
  assign n1061 = pi140 & n917;
  assign n1062 = pi080 & ~n917;
  assign n1063 = ~n1061 & ~n1062;
  assign n1064 = n916 & ~n1063;
  assign po095 = n1060 | n1064;
  assign n1066 = pi081 & ~n916;
  assign n1067 = pi144 & n918;
  assign n1068 = pi081 & ~n918;
  assign n1069 = ~n1067 & ~n1068;
  assign n1070 = n916 & ~n1069;
  assign po096 = n1066 | n1070;
  assign n1072 = pi082 & ~n916;
  assign n1073 = n916 & ~n919;
  assign n1074 = ~n1072 & ~n1073;
  assign po097 = pi128 & ~n1074;
  assign n1076 = pi083 & ~n916;
  assign n1077 = ~pi083 & n916;
  assign n1078 = ~n1076 & ~n1077;
  assign po098 = pi128 & ~n1078;
  assign n1080 = pi084 & ~n916;
  assign n1081 = pi140 & n918;
  assign n1082 = pi084 & ~n918;
  assign n1083 = ~n1081 & ~n1082;
  assign n1084 = n916 & ~n1083;
  assign po099 = n1080 | n1084;
  assign n1086 = pi085 & ~n916;
  assign n1087 = pi141 & n918;
  assign n1088 = pi085 & ~n918;
  assign n1089 = ~n1087 & ~n1088;
  assign n1090 = n916 & ~n1089;
  assign po100 = n1086 | n1090;
  assign n1092 = pi086 & ~n916;
  assign n1093 = pi142 & n918;
  assign n1094 = pi086 & ~n918;
  assign n1095 = ~n1093 & ~n1094;
  assign n1096 = n916 & ~n1095;
  assign po101 = n1092 | n1096;
  assign n1098 = pi087 & ~n916;
  assign n1099 = pi143 & n918;
  assign n1100 = pi087 & ~n918;
  assign n1101 = ~n1099 & ~n1100;
  assign n1102 = n916 & ~n1101;
  assign po102 = n1098 | n1102;
  assign n1104 = pi088 & ~n916;
  assign n1105 = pi145 & n918;
  assign n1106 = pi088 & ~n918;
  assign n1107 = ~n1105 & ~n1106;
  assign n1108 = n916 & ~n1107;
  assign po103 = n1104 | n1108;
  assign n1110 = pi089 & ~n916;
  assign n1111 = pi147 & n918;
  assign n1112 = pi089 & ~n918;
  assign n1113 = ~n1111 & ~n1112;
  assign n1114 = n916 & ~n1113;
  assign po104 = n1110 | n1114;
  assign n1116 = pi090 & ~n916;
  assign n1117 = pi141 & n917;
  assign n1118 = pi090 & ~n917;
  assign n1119 = ~n1117 & ~n1118;
  assign n1120 = n916 & ~n1119;
  assign po105 = n1116 | n1120;
  assign n1122 = pi091 & ~n916;
  assign n1123 = pi142 & n917;
  assign n1124 = pi091 & ~n917;
  assign n1125 = ~n1123 & ~n1124;
  assign n1126 = n916 & ~n1125;
  assign po106 = n1122 | n1126;
  assign n1128 = pi092 & ~n916;
  assign n1129 = pi143 & n917;
  assign n1130 = pi092 & ~n917;
  assign n1131 = ~n1129 & ~n1130;
  assign n1132 = n916 & ~n1131;
  assign po107 = n1128 | n1132;
  assign n1134 = pi093 & ~n916;
  assign n1135 = pi145 & n917;
  assign n1136 = pi093 & ~n917;
  assign n1137 = ~n1135 & ~n1136;
  assign n1138 = n916 & ~n1137;
  assign po108 = n1134 | n1138;
  assign n1140 = pi094 & ~n916;
  assign n1141 = pi146 & n917;
  assign n1142 = pi094 & ~n917;
  assign n1143 = ~n1141 & ~n1142;
  assign n1144 = n916 & ~n1143;
  assign po109 = n1140 | n1144;
  assign n1146 = pi095 & ~n916;
  assign n1147 = pi147 & n917;
  assign n1148 = pi095 & ~n917;
  assign n1149 = ~n1147 & ~n1148;
  assign n1150 = n916 & ~n1149;
  assign po110 = n1146 | n1150;
  assign n1152 = pi096 & ~n916;
  assign n1153 = ~pi082 & ~pi083;
  assign n1154 = pi096 & ~n1153;
  assign n1155 = pi144 & n1153;
  assign n1156 = ~n1154 & ~n1155;
  assign n1157 = n916 & ~n1156;
  assign po111 = n1152 | n1157;
  assign n1159 = pi097 & ~n916;
  assign n1160 = pi082 & pi083;
  assign n1161 = pi144 & n1160;
  assign n1162 = pi097 & ~n1160;
  assign n1163 = ~n1161 & ~n1162;
  assign n1164 = n916 & ~n1163;
  assign po112 = n1159 | n1164;
  assign n1166 = pi098 & ~n916;
  assign n1167 = pi140 & n1160;
  assign n1168 = pi098 & ~n1160;
  assign n1169 = ~n1167 & ~n1168;
  assign n1170 = n916 & ~n1169;
  assign po113 = n1166 | n1170;
  assign n1172 = pi099 & ~n916;
  assign n1173 = pi099 & ~n1153;
  assign n1174 = pi147 & n1153;
  assign n1175 = ~n1173 & ~n1174;
  assign n1176 = n916 & ~n1175;
  assign po114 = n1172 | n1176;
  assign n1178 = pi100 & ~n916;
  assign n1179 = pi100 & ~n1153;
  assign n1180 = pi140 & n1153;
  assign n1181 = ~n1179 & ~n1180;
  assign n1182 = n916 & ~n1181;
  assign po115 = n1178 | n1182;
  assign n1184 = pi101 & ~n916;
  assign n1185 = pi101 & ~n1153;
  assign n1186 = pi141 & n1153;
  assign n1187 = ~n1185 & ~n1186;
  assign n1188 = n916 & ~n1187;
  assign po116 = n1184 | n1188;
  assign n1190 = pi102 & ~n916;
  assign n1191 = pi102 & ~n1153;
  assign n1192 = pi142 & n1153;
  assign n1193 = ~n1191 & ~n1192;
  assign n1194 = n916 & ~n1193;
  assign po117 = n1190 | n1194;
  assign n1196 = pi103 & ~n916;
  assign n1197 = pi103 & ~n1153;
  assign n1198 = pi143 & n1153;
  assign n1199 = ~n1197 & ~n1198;
  assign n1200 = n916 & ~n1199;
  assign po118 = n1196 | n1200;
  assign n1202 = pi104 & ~n916;
  assign n1203 = pi104 & ~n1153;
  assign n1204 = pi146 & n1153;
  assign n1205 = ~n1203 & ~n1204;
  assign n1206 = n916 & ~n1205;
  assign po119 = n1202 | n1206;
  assign n1208 = pi105 & ~n916;
  assign n1209 = pi105 & ~n1153;
  assign n1210 = pi145 & n1153;
  assign n1211 = ~n1209 & ~n1210;
  assign n1212 = n916 & ~n1211;
  assign po120 = n1208 | n1212;
  assign n1214 = pi106 & ~n916;
  assign n1215 = pi141 & n1160;
  assign n1216 = pi106 & ~n1160;
  assign n1217 = ~n1215 & ~n1216;
  assign n1218 = n916 & ~n1217;
  assign po121 = n1214 | n1218;
  assign n1220 = pi107 & ~n916;
  assign n1221 = pi142 & n1160;
  assign n1222 = pi107 & ~n1160;
  assign n1223 = ~n1221 & ~n1222;
  assign n1224 = n916 & ~n1223;
  assign po122 = n1220 | n1224;
  assign n1226 = pi108 & ~n916;
  assign n1227 = pi143 & n1160;
  assign n1228 = pi108 & ~n1160;
  assign n1229 = ~n1227 & ~n1228;
  assign n1230 = n916 & ~n1229;
  assign po123 = n1226 | n1230;
  assign n1232 = pi109 & ~n916;
  assign n1233 = pi145 & n1160;
  assign n1234 = pi109 & ~n1160;
  assign n1235 = ~n1233 & ~n1234;
  assign n1236 = n916 & ~n1235;
  assign po124 = n1232 | n1236;
  assign n1238 = pi110 & ~n916;
  assign n1239 = pi146 & n1160;
  assign n1240 = pi110 & ~n1160;
  assign n1241 = ~n1239 & ~n1240;
  assign n1242 = n916 & ~n1241;
  assign po125 = n1238 | n1242;
  assign n1244 = pi111 & ~n916;
  assign n1245 = pi147 & n1160;
  assign n1246 = pi111 & ~n1160;
  assign n1247 = ~n1245 & ~n1246;
  assign n1248 = n916 & ~n1247;
  assign po126 = n1244 | n1248;
  assign n1250 = pi112 & ~n910;
  assign n1251 = pi145 & n910;
  assign n1252 = ~n1250 & ~n1251;
  assign n1253 = n340 & ~n1252;
  assign n1254 = pi112 & ~n340;
  assign po127 = n1253 | n1254;
  assign n1256 = pi128 & n567;
  assign po128 = ~n558 & n1256;
  assign n1258 = pi114 & ~n910;
  assign n1259 = pi140 & n910;
  assign n1260 = ~n1258 & ~n1259;
  assign n1261 = n340 & ~n1260;
  assign n1262 = pi114 & ~n340;
  assign po129 = n1261 | n1262;
  assign n1264 = pi115 & ~n910;
  assign n1265 = pi141 & n910;
  assign n1266 = ~n1264 & ~n1265;
  assign n1267 = n340 & ~n1266;
  assign n1268 = pi115 & ~n340;
  assign po130 = n1267 | n1268;
  assign n1270 = pi116 & ~n910;
  assign n1271 = pi142 & n910;
  assign n1272 = ~n1270 & ~n1271;
  assign n1273 = n340 & ~n1272;
  assign n1274 = pi116 & ~n340;
  assign po131 = n1273 | n1274;
  assign n1276 = pi117 & ~n910;
  assign n1277 = pi143 & n910;
  assign n1278 = ~n1276 & ~n1277;
  assign n1279 = n340 & ~n1278;
  assign n1280 = pi117 & ~n340;
  assign po132 = n1279 | n1280;
  assign n1282 = pi118 & ~n910;
  assign n1283 = pi144 & n910;
  assign n1284 = ~n1282 & ~n1283;
  assign n1285 = n340 & ~n1284;
  assign n1286 = pi118 & ~n340;
  assign po133 = n1285 | n1286;
  assign n1288 = pi119 & ~n910;
  assign n1289 = pi146 & n910;
  assign n1290 = ~n1288 & ~n1289;
  assign n1291 = n340 & ~n1290;
  assign n1292 = pi119 & ~n340;
  assign po134 = n1291 | n1292;
  assign n1294 = pi120 & ~n910;
  assign n1295 = pi147 & n910;
  assign n1296 = ~n1294 & ~n1295;
  assign n1297 = n340 & ~n1296;
  assign n1298 = pi120 & ~n340;
  assign po135 = n1297 | n1298;
  assign n1300 = pi121 & ~n907;
  assign n1301 = pi147 & n907;
  assign n1302 = ~n1300 & ~n1301;
  assign n1303 = n340 & ~n1302;
  assign n1304 = pi121 & ~n340;
  assign po136 = n1303 | n1304;
  assign n1306 = pi122 & ~n907;
  assign n1307 = pi145 & n907;
  assign n1308 = ~n1306 & ~n1307;
  assign n1309 = n340 & ~n1308;
  assign n1310 = pi122 & ~n340;
  assign po137 = n1309 | n1310;
  assign n1312 = pi140 & n907;
  assign n1313 = pi123 & ~n907;
  assign n1314 = ~n1312 & ~n1313;
  assign n1315 = n340 & ~n1314;
  assign n1316 = pi123 & ~n340;
  assign po138 = n1315 | n1316;
  assign n1318 = pi124 & ~n907;
  assign n1319 = pi142 & n907;
  assign n1320 = ~n1318 & ~n1319;
  assign n1321 = n340 & ~n1320;
  assign n1322 = pi124 & ~n340;
  assign po139 = n1321 | n1322;
  assign n1324 = n340 & n907;
  assign po140 = pi125 | n1324;
  assign n1326 = pi126 & ~n907;
  assign n1327 = pi141 & n907;
  assign n1328 = ~n1326 & ~n1327;
  assign n1329 = n340 & ~n1328;
  assign n1330 = pi126 & ~n340;
  assign po141 = n1329 | n1330;
  assign n1332 = pi127 & ~n907;
  assign n1333 = pi143 & n907;
  assign n1334 = ~n1332 & ~n1333;
  assign n1335 = n340 & ~n1334;
  assign n1336 = pi127 & ~n340;
  assign po142 = n1335 | n1336;
  assign n1338 = pi146 & n907;
  assign n1339 = pi128 & ~n907;
  assign n1340 = ~n1338 & ~n1339;
  assign n1341 = n340 & ~n1340;
  assign n1342 = pi128 & ~n340;
  assign po143 = n1341 | n1342;
  assign n1344 = pi113 & ~pi129;
  assign n1345 = ~pi113 & pi129;
  assign n1346 = ~n1344 & ~n1345;
  assign po144 = pi128 & ~n1346;
  assign po145 = ~pi130 & n313;
  assign po146 = pi003 & pi121;
  assign po012 = 1'b1;
  assign po000 = pi071;
  assign po001 = pi069;
  assign po002 = pi068;
  assign po003 = pi067;
  assign po004 = pi074;
  assign po005 = pi070;
  assign po006 = pi065;
  assign po007 = pi073;
  assign po008 = pi130;
  assign po009 = pi131;
  assign po010 = pi038;
  assign po011 = pi043;
  assign po013 = pi132;
  assign po018 = pi133;
endmodule